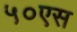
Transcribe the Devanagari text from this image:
५०एस